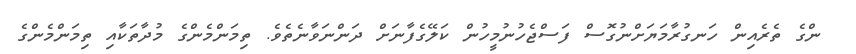
ންގެ ތެރެއިން ހަނގުރާމަޔަށްނުގޮސް ފަސްޖެހުނުމީހުން ކަލޭގެފާނަށް ދަންނަވާނެތެވެ. ތިމަންމެންގެ މުދާތަކާއި ތިމަންމެންގެ